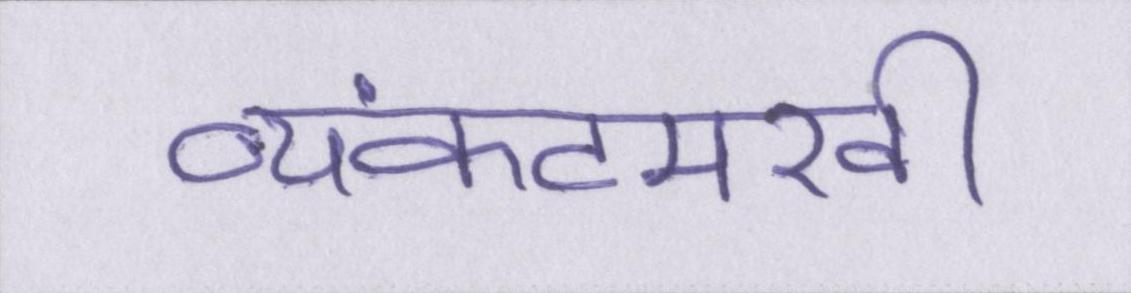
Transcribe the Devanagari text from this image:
व्यंकटमखी